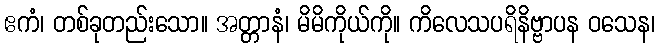
ဧကံ၊ တစ်ခုတည်းသော။ အတ္တာနံ၊ မိမိကိုယ်ကို။ ကိလေသပရိနိဗ္ဗာပန ဝသေန၊